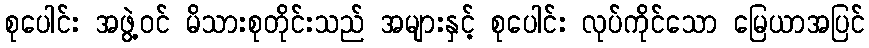
စုပေါင်း အဖွဲ့ဝင် မိသားစုတိုင်းသည် အများနှင့် စုပေါင်း လုပ်ကိုင်သော မြေယာအပြင်